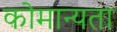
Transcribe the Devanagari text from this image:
कोमान्यता